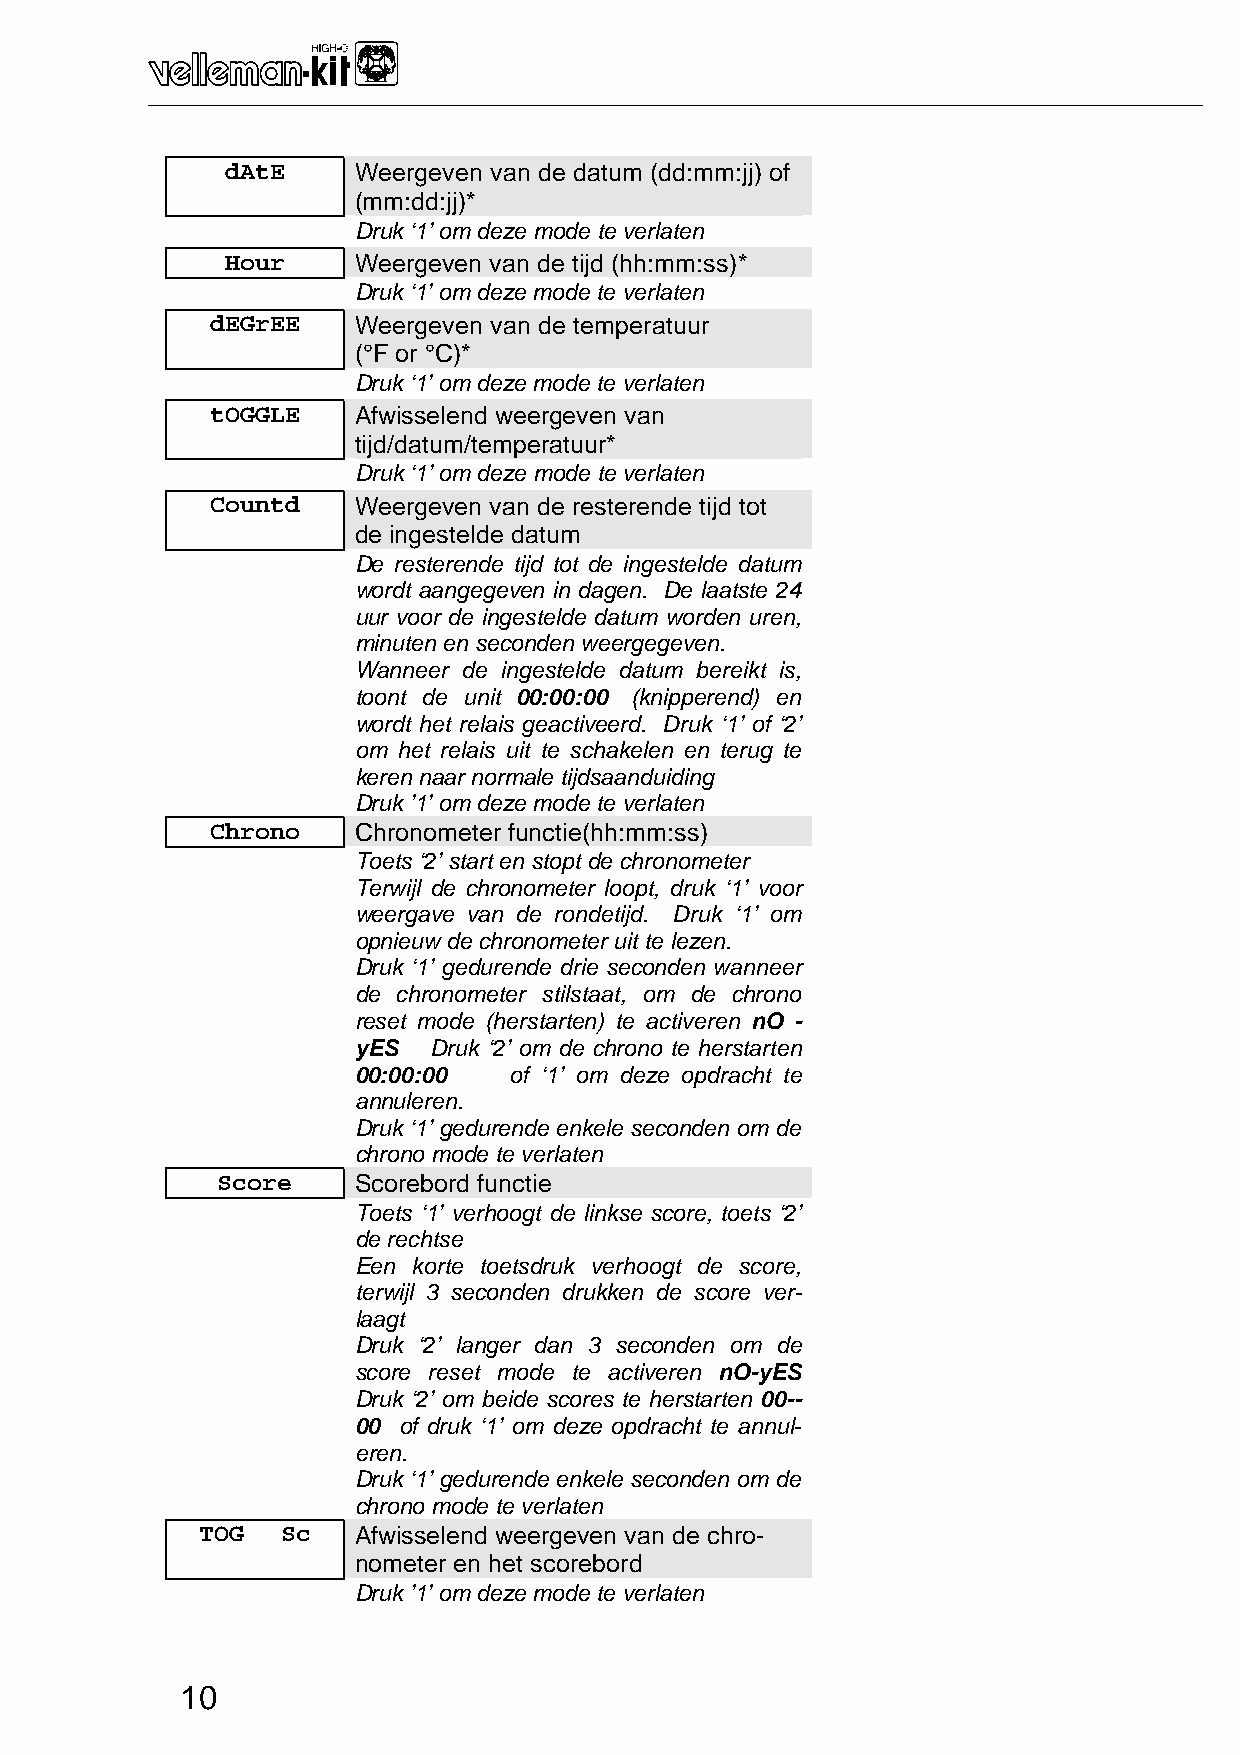
_______________________________________________________________________________________________________________________________________________________
 dAtE    Weergeven van de datum (dd:mm:jj) of
 (mm:dd:jj)*
 Druk ‘1’ om deze mode te verlaten
 Hour    Weergeven van de tijd (hh:mm:ss)*
 Druk ‘1’ om deze mode te verlaten
 dEGrEE   Weergeven van de temperatuur
 (°F or °C)*
 Druk ‘1’ om deze mode te verlaten
 tOGGLE   Afwisselend weergeven van
 tijd/datum/temperatuur*
 Druk ‘1’ om deze mode te verlaten
 Countd   Weergeven van de resterende tijd tot
 de ingestelde datum
 De resterende tijd tot de ingestelde datum
 wordt aangegeven in dagen. De laatste 24
 uur voor de ingestelde datum worden uren,
 minuten en seconden weergegeven.
 Wanneer de ingestelde datum bereikt is,
 toont de unit 00:00:00 (knipperend) en
 wordt het relais geactiveerd. Druk ‘1’ of ‘2’
 om het relais uit te schakelen en terug te
 keren naar normale tijdsaanduiding
 Druk ’1’ om deze mode te verlaten
 Chrono   Chronometer functie(hh:mm:ss)
 Toets ‘2’ start en stopt de chronometer
 Terwijl de chronometer loopt, druk ‘1’ voor
 weergave van de rondetijd. Druk ‘1’ om
 opnieuw de chronometer uit te lezen.
 Druk ‘1’ gedurende drie seconden wanneer
 de chronometer stilstaat, om de chrono
 reset mode (herstarten) te activeren nO -
 yES  Druk ‘2’ om de chrono te herstarten
 00:00:00   of ‘1’ om deze opdracht te
 annuleren.
 Druk ‘1’ gedurende enkele seconden om de
 chrono mode te verlaten
 Score    Scorebord functie
 Toets ‘1’ verhoogt de linkse score, toets ‘2’
 de rechtse
 Een korte toetsdruk verhoogt de score,
 terwijl 3 seconden drukken de score ver-
 laagt
 Druk ‘2’ langer dan 3 seconden om de
 score reset mode te activeren nO-yES
 Druk ‘2’ om beide scores te herstarten 00--
 00 of druk ‘1’ om deze opdracht te annul-
 eren.
 Druk ‘1’ gedurende enkele seconden om de
 chrono mode te verlaten
 TOG   Sc  Afwisselend weergeven van de chro-
 nometer en het scorebord
 Druk ’1’ om deze mode te verlaten
 10